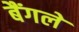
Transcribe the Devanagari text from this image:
बैंगले